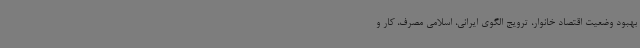
بهبود وضعیت اقتصاد خانوار، ترویج الگوی ایرانی، اسلامی مصرف، کار و